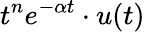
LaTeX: t^{n}e^{-\alpha t}\cdot u(t)